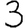
Digit: 3